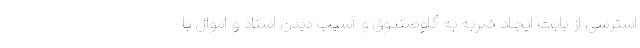
استرسی از بابت ایجاد ضربه به گاوصندوق و آسیب دیدن اسناد و اموال با